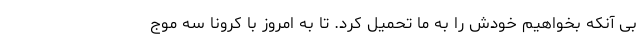
بی آنکه بخواهیم خودش را به ما تحمیل کرد. تا به امروز با کرونا سه موج